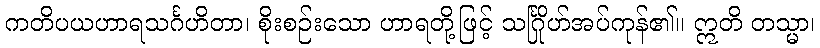
ကတိပယဟာရသင်္ဂဟိတာ၊ စိုးစဉ်းသော ဟာရတို့ဖြင့် သင်္ဂြိုဟ်အပ်ကုန်၏။ ဣတိ တသ္မာ၊